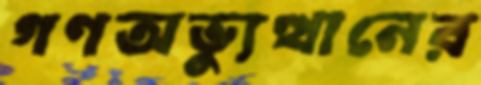
গণঅভু্যত্থানের